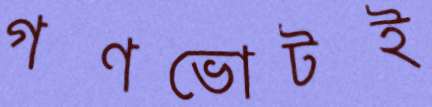
গণভোটই